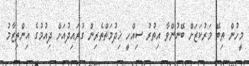
މީހުން ތިބޭ މަރުކަޒަށް ބޭނުންވާ އިތުރު ސިއްހީ ޚިދުމަތްތެރިން ގުރައިދުއަށް ދިއުމުގެ އިންތިޒާމު